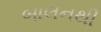
બાલનથી